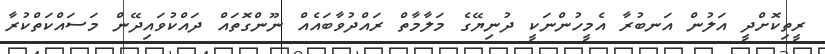
ރީތިކޮށްދީ އަލުން އަނބުރާ އެމީހުންނަކީ ދުނިޔޭގެ މަލާމާތް ރައްދުވާބައެއް ނޫންގޮތައް ދައްކުވައިދޭން މަސައްކަތްކުރާ